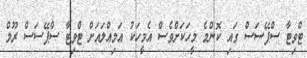
ޓްވިޓާ ސްޕޭސަސް ގައި ކޮންމެ މީހަކަށްވެސް އެމީހަކު އަމިއްލައަށް ޓްވިޓާ ސްޕޭސަސް ރޫމް